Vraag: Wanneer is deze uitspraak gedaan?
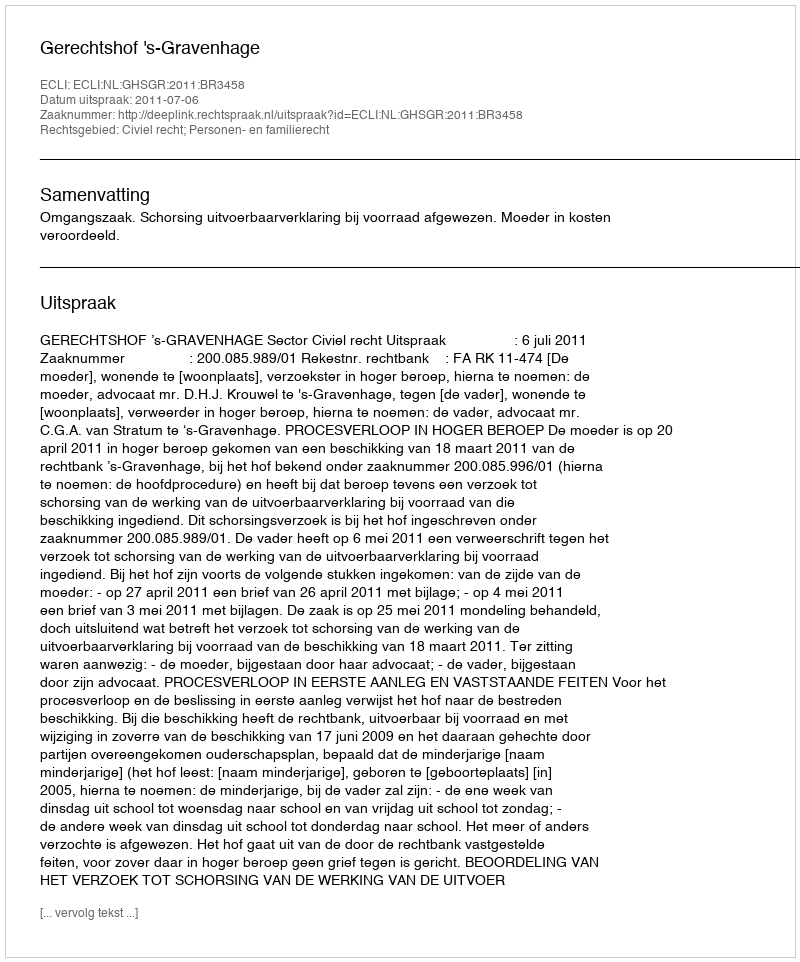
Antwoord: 2011-07-06